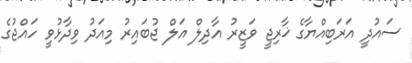
ސައުދީ އަރަބިއްޔާގެ ޚާރިޖީ ވަޒީރު އާދިލް އަލް ޖުބައިރު މިއަދު ވިދާޅުވީ ހައްޖުގެ